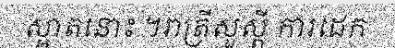
ស្អាតនោះ ។រាត្រីសួស្តី ការដេក